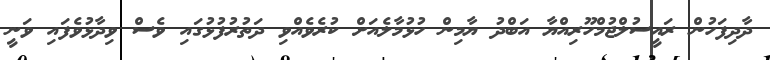
ދާދިފަހުން ރައީސުލްޖުމްހޫރިއްޔާ އަބްދު ޔާމިން ހުޅުމާލެއަށް ކުރެވެއްވި ދަތުރުފުޅުގައި ވެސް ވިދާޅުވެފައި ވަނީ